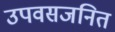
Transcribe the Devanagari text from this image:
उपवसजनित